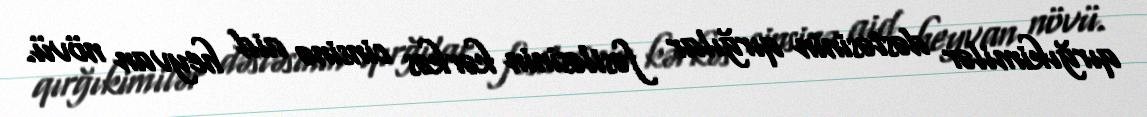
qırğıkimilər dəstəsinin qırğılar fəsiləsinin kərkəs cinsinə aid heyvan növü.